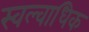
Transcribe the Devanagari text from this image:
स्वल्वाधिक